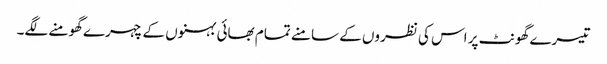
تیسرے گھونٹ پر اس کی نظروں کے سامنے تمام بھائی بہنوں کے چہرے گھومنے لگے۔